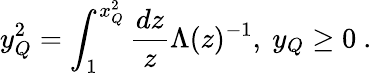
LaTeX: y_{Q}^{2}=\int_{1}^{x_{Q}^{2}}\frac{dz}{z}\Lambda(z)^{-1},~y_{Q}\geq 0~.